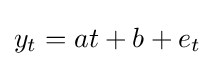
y_{t}=at+b+e_{t}